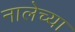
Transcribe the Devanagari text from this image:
नालेच्या